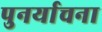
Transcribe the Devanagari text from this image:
पुनर्याचना